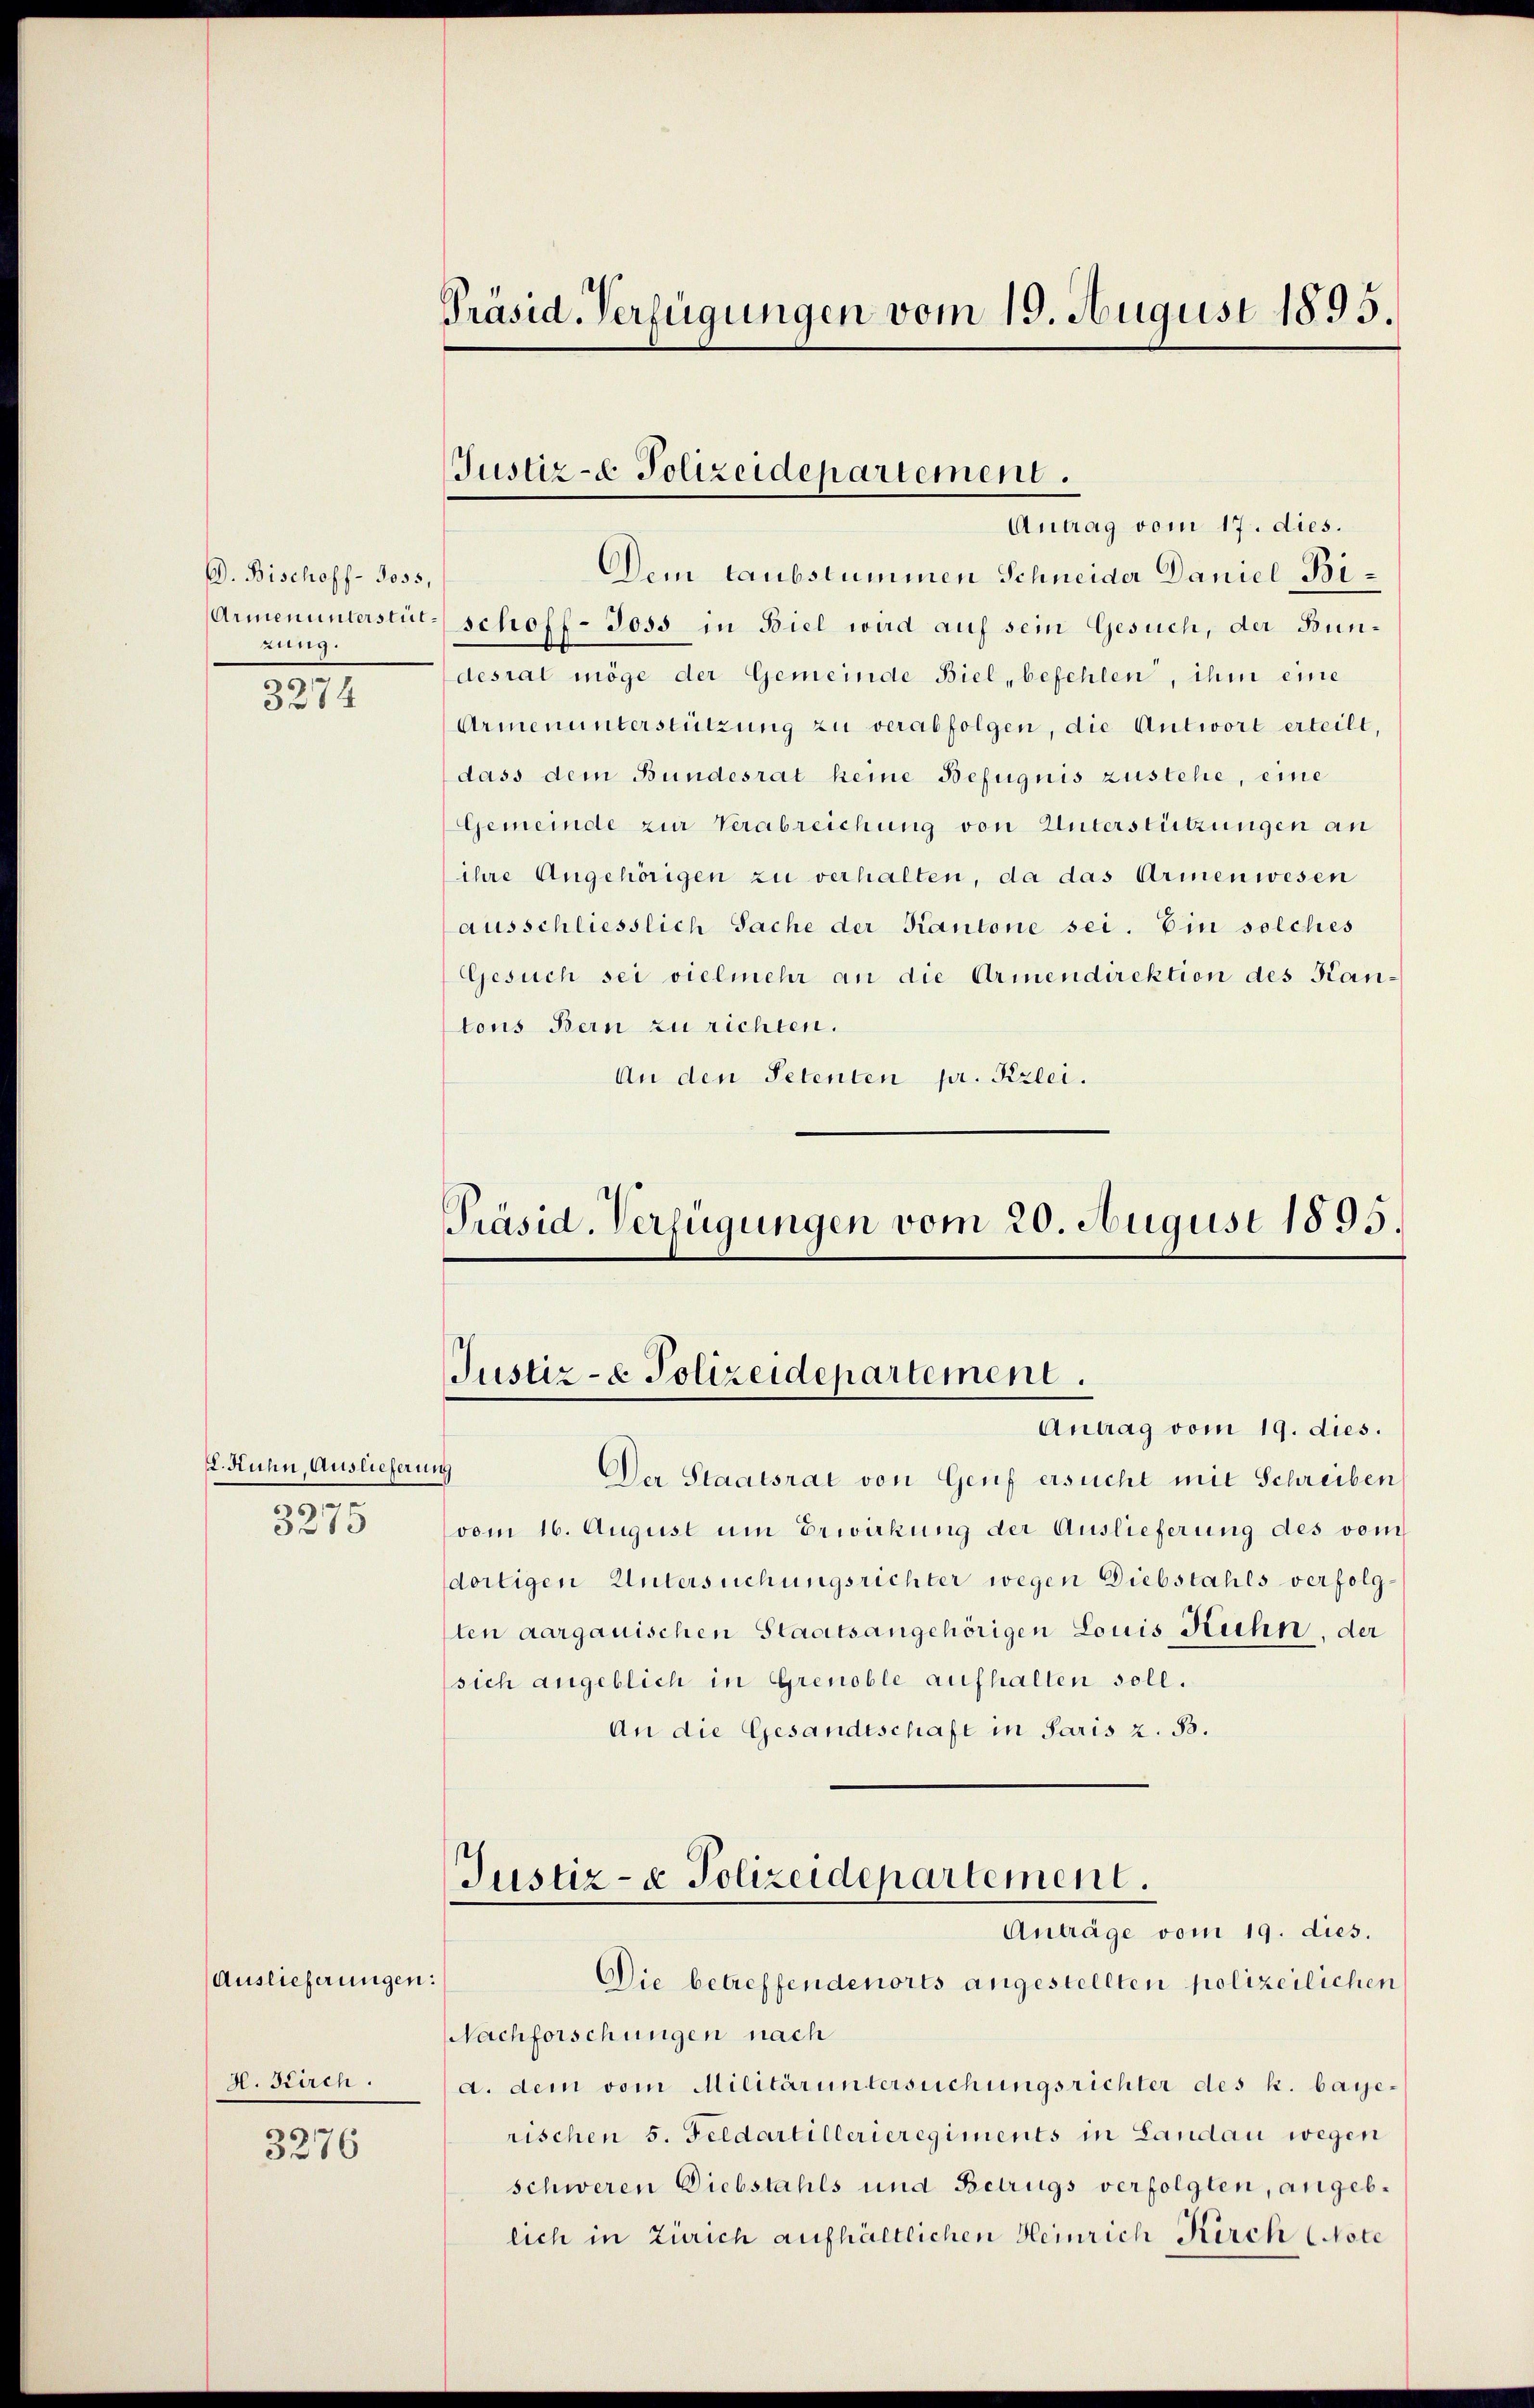
D. Bischoff- J055,
Armenunterstütung.

3274

E. Kuhn, Auslieferung
s
3275

Auslieferungen:
H. Kirch
3276

Präsid. Verfügungen vom 19. August 1895.

Justiz- & Polizeidepartement.
Antrag vom 17. dies.

Dem taubstummen Schneider Daniel Bischoff-Joss in Biel wird auf sein Gesuch, der Bundesrat möge der Gemeinde Biel befehlen, ihm eine
Armenunterstützung zu verabfolgen, die Antwort erteilt,
dass dem Bundesrat keine Befugnis zustehe, eine
Gemeinde zur Verabreichung von Unterstützungen an
ihre Angehörigen zu verhalten, da das Armenwesen
ausschliesslich Sache der Kantone sei. Ein solches
Gesuch sei vielmehr an die Armendirektion des Kantons Bern zu richten.
An den Petenten pr. Kzlei.

Präsid. Verfügungen vom 20. August 1895.
Justiz- & Polizeidepartement.
Antrag vom 19. dies.

Der Staatsrat von Genf ersucht mit Schreiben
(vom 16. August um Erwirkung der Auslieferung des vom
dortigen Untersuchungsrichter wegen Diebstahls verfolgsten aargauischen Staatsangehörigen Louis Kuhn, der
sich angeblich in Grenoble aufhalten soll.
An die Gesandtschaft in Paris z. B.
Justiz- & Polizeidepartement.
Anträge vom 19. dies.
Die betreffendenorts angestellten polizeilichen
Nachforschungen nach
a. dem vom Militär untersuchungsrichter des k. baye-
rischen 5. Feldartillerieregiments in Landau wegen
schweren Diebstahls und Betrugs verfolgten, angeblich in Zürich aufhältlichen Heinrich Kirch (Note